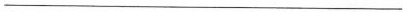
___